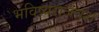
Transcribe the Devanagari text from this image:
भविष्यराजवंश